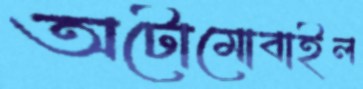
অটোমোবাইল